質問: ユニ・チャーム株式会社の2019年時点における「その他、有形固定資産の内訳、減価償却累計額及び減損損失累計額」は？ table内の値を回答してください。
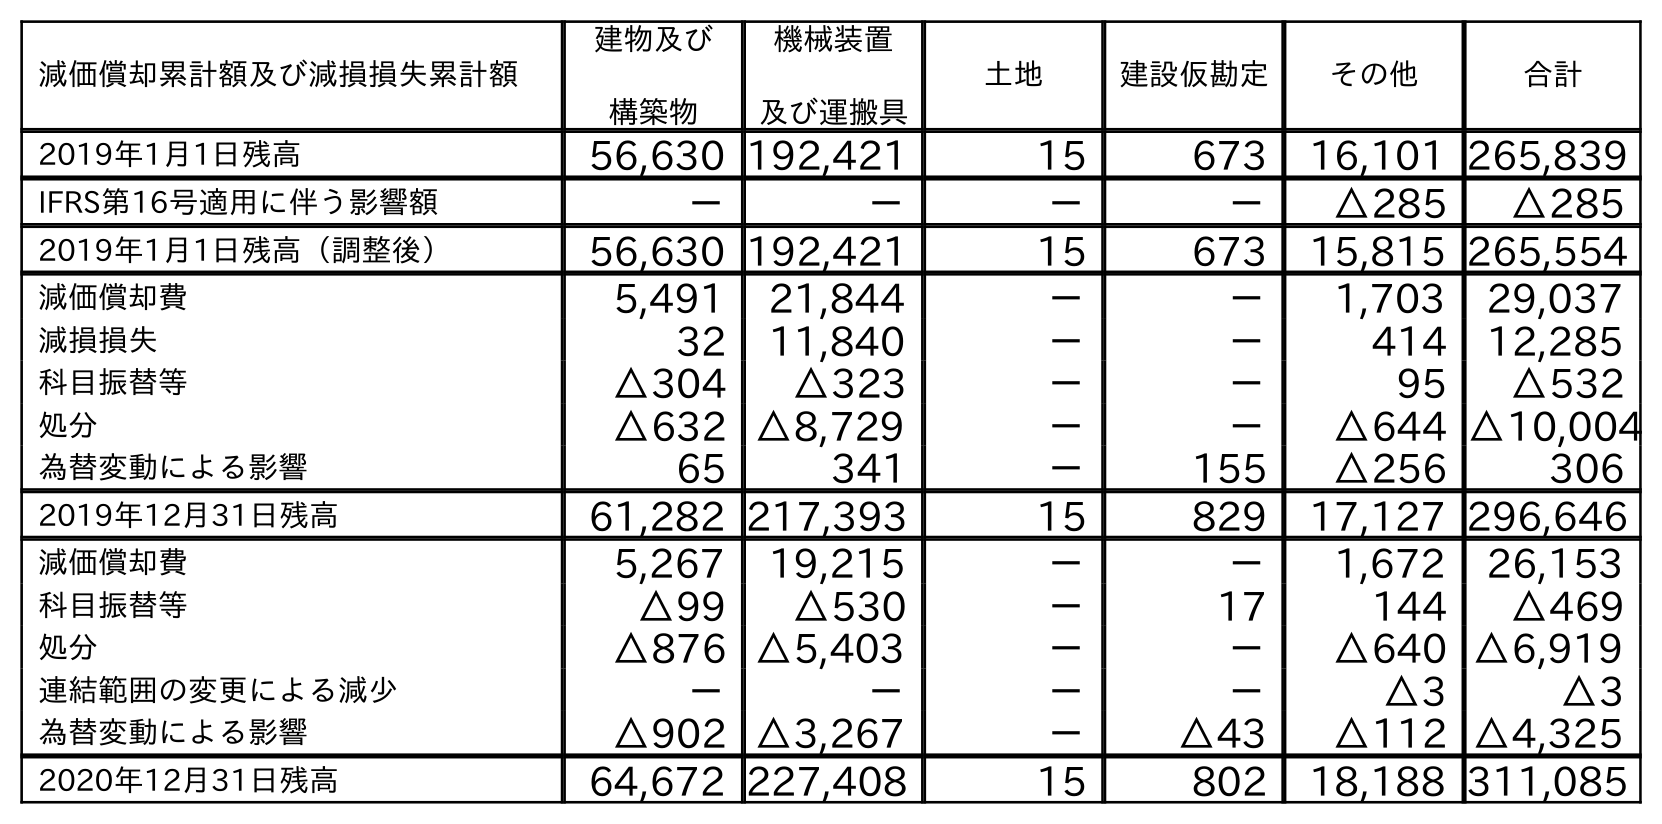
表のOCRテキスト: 減価償却累計額及び減損損失累計額 建物及び 構築物 機械装置 及び運搬具 土地 建設仮勘定 その他 合計 2019年1月1日残高 56,630 192,421 15 673 16,101 265,839 IFRS第16号適用に伴う影響額 － － － － △285 △285 2019年1月1日残高（調整後） 56,630 192,421 15 673 15,815 265,554 減価償却費 5,491 21,844 － － 1,703 29,037 減損損失 32 11,840 － － 414 12,285 科目振替等 △304 △323 － － 95 △532 処分 △632 △8,729 － － △644 △10,004 為替変動による影響 65 341 － 155 △256 306 2019年12月31日残高 61,282 217,393 15 829 17,127 296,646 減価償却費 5,267 19,215 － － 1,672 26,153 科目振替等 △99 △530 － 17 144 △469 処分 △876 △5,403 － － △640 △6,919 連結範囲の変更による減少 － － － － △3 △3 為替変動による影響 △902 △3,267 － △43 △112 △4,325 2020年12月31日残高 64,672 227,408 15 802 18,188 311,085
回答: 17,127